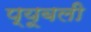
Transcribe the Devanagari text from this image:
प्यूबली